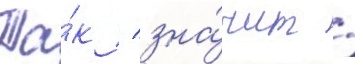
Та́к / зна́чит /